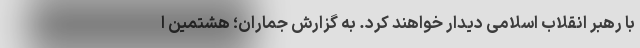
با رهبر انقلاب اسلامی دیدار خواهند کرد. به گزارش جماران؛ هشتمین ا